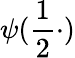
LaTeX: \psi(\frac 12\cdot)